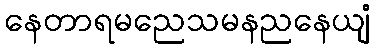
နေတာရမညေသမနညနေယျံ